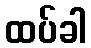
ထပ်ခါ